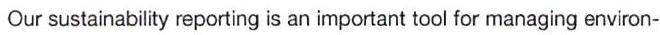
Our sustainability reporting is an important tool for managing environ-